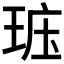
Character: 𤥦